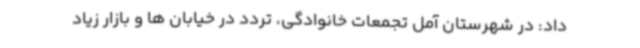
داد: در شهرستان آمل تجمعات خانوادگی، تردد در خیابان ها و بازار زیاد